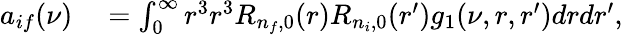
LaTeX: \begin{array}{rl}{a_{if}(\nu)}&{{}=\int_{0}^{\infty}r^{3}r^{3}R_{n_{f},0}(r)R_{n_{i},0}(r^{\prime})g_{1}(\nu,r,r^{\prime})drdr^{\prime},}\end{array}